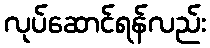
လုပ်ဆောင်ရန်လည်း